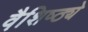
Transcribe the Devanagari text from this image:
वैशि़ष्ठ्ये